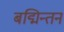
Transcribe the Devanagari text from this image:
बद्मिन्तन